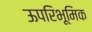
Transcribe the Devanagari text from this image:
ऊपरिभूमिक